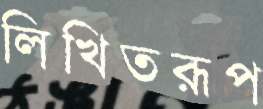
লিখিতরূপ